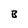
Character: B